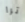
ترا